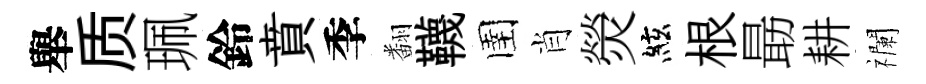
舉质珮鈴賁季翻韈圉肖熒絃根朂耕襴